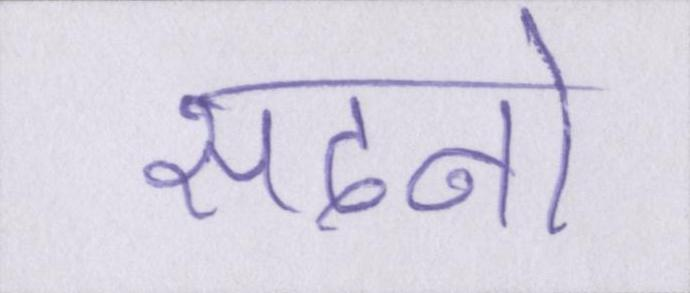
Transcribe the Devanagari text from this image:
सदनो